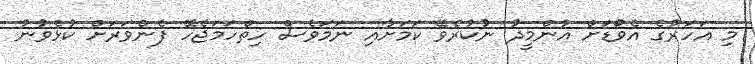
މި އަހަރުގެ އެވޯޑަށް އުންމީދު ނުކުރެވޭ ކަމަށާއި ނަމަވެސް ހިތްހަމަޖެހޭ ފެންވަރަށް ކުޅެވުނު